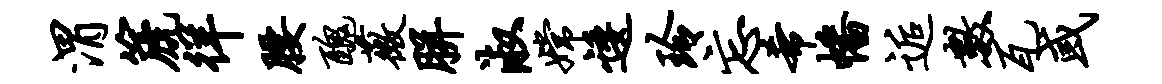
渭篪徉腰丑薇胼淑嫦逶玲忘希幡逅数瓦或